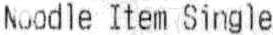
NOODLE ITEM SINGLE